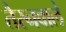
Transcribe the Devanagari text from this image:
तैरनवाले